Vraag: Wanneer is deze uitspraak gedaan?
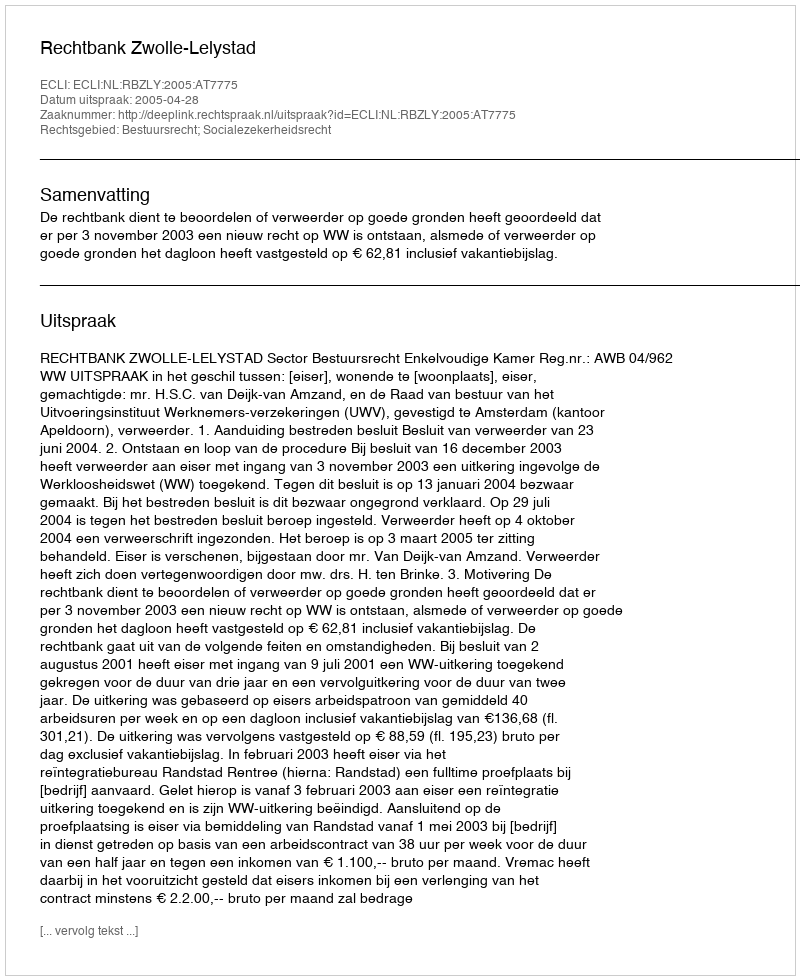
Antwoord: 2005-04-28